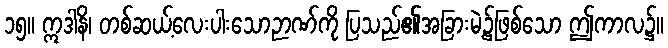
၁၅။ ဣဒါနိ၊ တစ်ဆယ့်လေးပါးသောဉာဏ်ကို ပြသည်၏အခြားမဲ့၌ဖြစ်သော ဤကာလ၌။